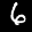
Label: 6